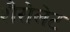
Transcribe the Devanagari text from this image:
शैरोलेट